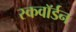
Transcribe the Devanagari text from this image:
स्कवाॅर्डन